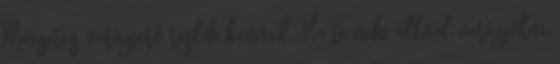
Rengeteg varázserő rejlik benned. Ha te neki állnál varázsolni,